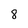
Character: 8